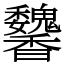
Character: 䭳